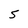
Character: S